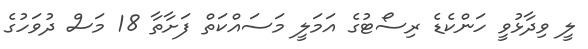
ލީ ވިދާޅުވީ ހަންކެޑެ ރިސޯޓުގެ އަމަލީ މަސައްކަތް ފަށާތާ 18 މަސް ދުވަހުގެ